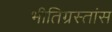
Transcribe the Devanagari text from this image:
भीतिग्रस्तांस